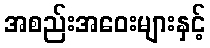
အစည်းအဝေးများနှင့်